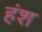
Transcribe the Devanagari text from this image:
हंश